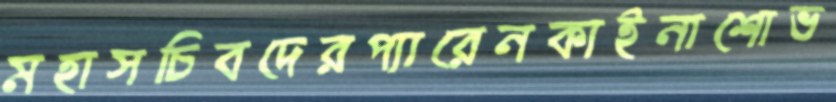
মহাসচিবদেরপ্যারেনকাইনাশোভ